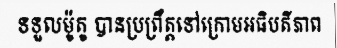
ទទួលម៉ូតូ បានប្រព្រឹត្តទៅក្រោមអធិបតីភាព